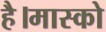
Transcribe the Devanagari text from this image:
है।मास्को